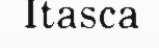
Itasca